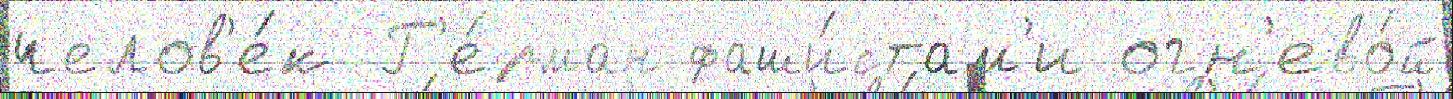
челов'е́к Г'е́рман фаши́стам'и огн'ево́й